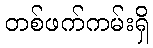
တစ်ဖက်ကမ်းရှိ